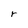
Character: r